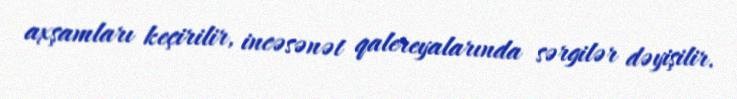
axşamları keçirilir, incəsənət qalereyalarında sərgilər dəyişilir.